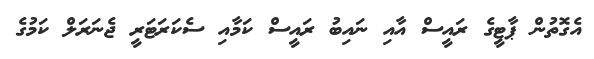
އެގޮތުން ޕާޓީގެ ރައީސް އާއި ނައިބު ރައީސް ކަމާއި ސެކަރަޓަރީ ޖެނަރަލް ކަމުގެ